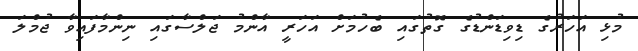
މުޅި އަހަރުގެ ޑިވިޑަންޑުގެ ގޮތުގައި ބެހުމަށް އަހަރީ އާންމު ޖަލްސާގައި ނިންމާފައިވާ ޖުމްލަ